Annual administration report of the Civil Veterinary Department of India - 1905-1906
Year: 1905
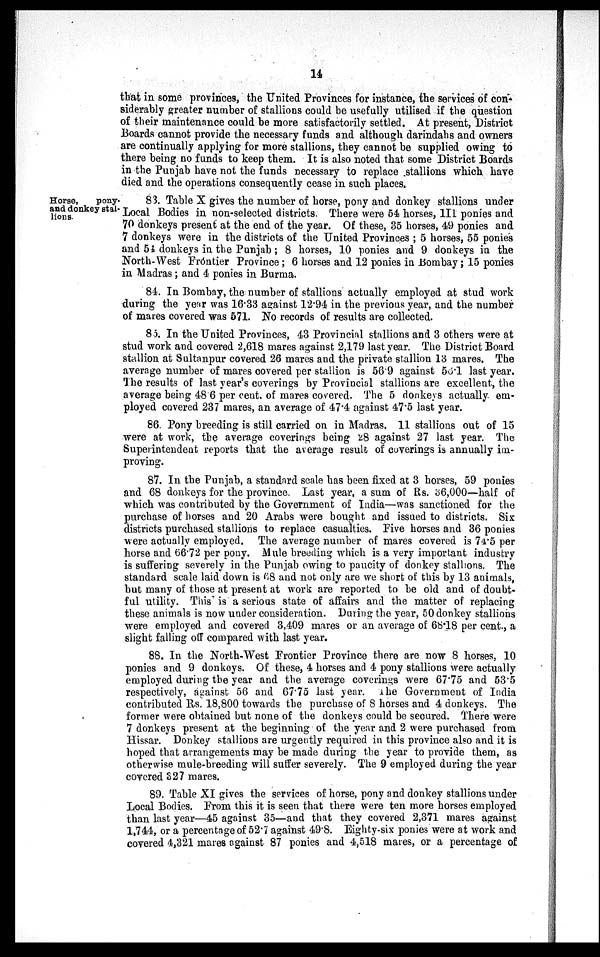
14
that in some provinces, the United Provinces for instance, the services of con-
siderably greater number of stallions could be usefully utilised if the question
of their maintenance could be more satisfactorily settled. At present, District
Boards cannot provide the necessary funds and although darindahs and owners
are continually applying for more stallions, they cannot be supplied owing to
there being no funds to keep them. It is also noted that some District Boards
in the Punjab have not the funds necessary to replace stallions which have
died and the operations consequently cease in such places.
Horse,
pony-
and donkey stal-
lions.
83. Table X gives the number of horse, pony and donkey stallions under
Local Bodies in non-selected districts. There were 54 horses, 111 ponies and
70 donkeys present at the end of the year. Of these, 35 horses, 49 ponies and
7 donkeys were in the districts of the United Provinces ; 5 horses, 55 ponies
and 54 donkeys in the Punjab ; 8 horses, 10 ponies and 9 donkeys in the
North-West Fróntier Province ; 6 horses and 12 ponies in Bombay; 15 ponies
in Madras; and 4 ponies in Burma.
84. In Bombay, the number of stallions actually employed at stud work
during the year was 16.33 against 12.94 in the previous year, and the number
of mares covered was 571. No records of results are collected.
85. In the United Provinces, 43 Provincial stallions and 3 others were at
stud work and covered 2,618 mares against 2,179 last year. The District Board
stallion at Sultanpur covered 26 mares and the private stallion 13 mares. The
average number of mares covered per stallion is 56.9 against 56.1 last year.
The results of last year's coverings by Provincial stallions are excellent, the
average being 48.6 per cent. of mares covered. The 5 donkeys actually em-
ployed covered 237 mares, an average of 47.4 against 47.5 last year.
86. Pony breeding is still carried on in Madras. 11 stallions out of 15
were at work, the average coverings being 28 against 27 last year. The
Superintendent reports that the average result of coverings is annually im-
proving.
87. In the Punjab, a standard scale has been fixed at 3 horses, 59 ponies
and 68 donkeys for the province. Last year, a sum of Rs. 36,000—half of
which was contributed by the Government of India—was sanctioned for the
purchase of horses and 20 Arabs were bought and issued to districts. Six
districts purchased stallions to replace casualties. Five horses and 36 ponies
were actually employed. The average number of mares covered is 74.5 per
horse and 66.72 per pony. Mule breeding which is a very important industry
is suffering severely in the Punjab owing to paucity of donkey stallions. The
standard scale laid down is 68 and not only are we short of this by 13 animals,
but many of those at present at work are reported to be old and of doubt-
ful utility. This is a serious state of affairs and the matter of replacing
these animals is now under consideration. During the year, 50 donkey stallions
were employed and covered 3,409 mares or an average of 68.18 per cent., a
slight falling off compared with last year.
88. In the North-West Frontier Province there are now 8 horses, 10
ponies and 9 donkeys. Of these, 4 horses and 4 pony stallions were actually
employed during the year and the average coverings were 67.75 and 53.5
respectively, against 56 and 67.75 last year. The Government of India
contributed Rs. 18,800 towards the purchase of 8 horses and 4 donkeys. The
former were obtained but none of the donkeys could be secured. There were
7 donkeys present at the beginning of the year and 2 were purchased from
Hissar. Donkey stallions are urgently required in this province also and it is
hoped that arrangements may be made during the year to provide them, as
otherwise mule-breeding will suffer severely. The 9 employed during the year
covered 327 mares.
89. Table XI gives the services of horse, pony and donkey stallions under
Local Bodies. From this it is seen that there were ten more horses employed
than last year—45 against 35—and that they covered 2,371 mares against
1,744, or a percentage of 52.7 against 49.8. Eighty-six ponies were at work and
covered 4,321 mares against 87 ponies and 4,518 mares, or a percentage of